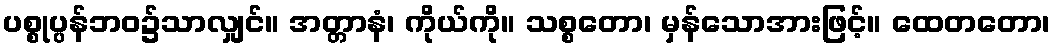
ပစ္စုပ္ပန်ဘဝ၌သာလျှင်။ အတ္တာနံ၊ ကိုယ်ကို။ သစ္စတော၊ မှန်သောအားဖြင့်။ ထေတတော၊